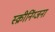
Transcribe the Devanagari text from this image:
स्क्रीनिंग्जना